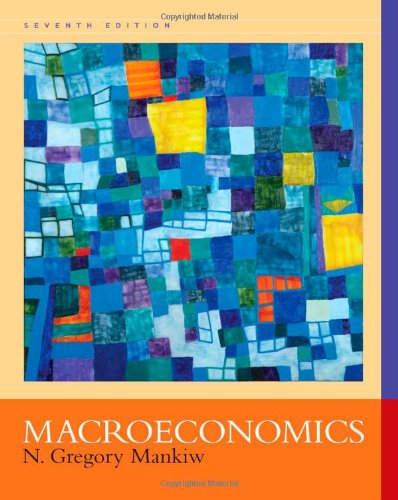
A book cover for Macroeconomics; N. Gregory Mankiw; Business & Money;